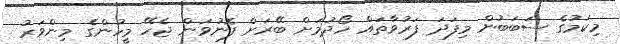
މިކަމުގެ ސަބަބުން މިފަދަ ފަރުވާތައް ހޯދުމަށް ބޭރަށް ފޮނުވަން ޖެހޭ މީހުންގެ މިންވަރު